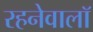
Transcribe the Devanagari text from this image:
रहनेवालॉ